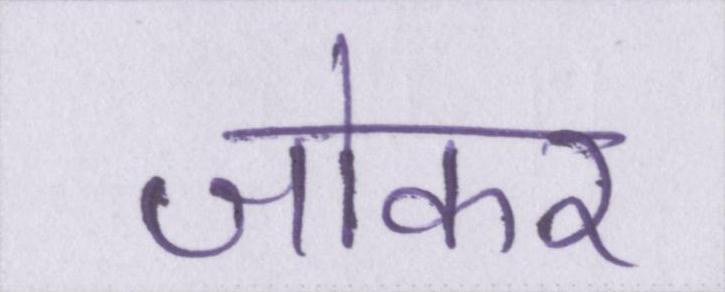
जोकर